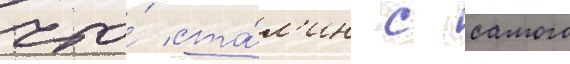
что́ ста́л'ин с самого